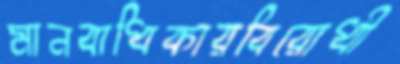
মানবাধিকারবিরোধী